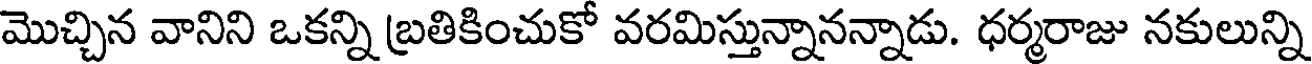
మొచ్చిన వానిని ఒకన్ని బ్రతికించుకో వరమిస్తున్నానన్నాడు. ధర్మరాజు నకులున్ని